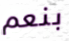
بنعم